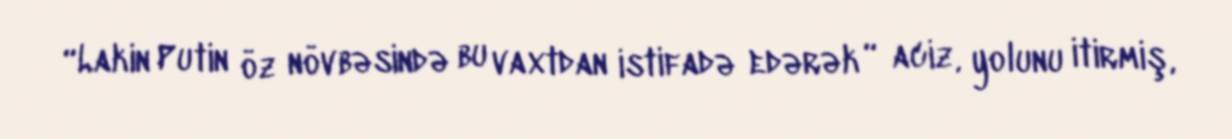
“Lakin Putin öz növbəsində bu vaxtdan istifadə edərək “ aciz, yolunu itirmiş,